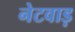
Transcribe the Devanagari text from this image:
नेटवाड़